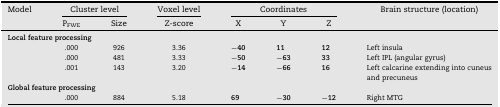
| Model | <COLSPAN=2> Cluster level | Voxel level | <COLSPAN=3> Coordinates | Brain structure (location) |
 | PFWE | Size | Z-score | X | Y | Z |
 | --- | --- | --- | --- | --- | --- | --- | --- |
 | <COLSPAN=8> Local feature processing |
 |  | .000 | 926 | 3.36 | −40 | 11 | 12 | Left insula |
 | .000 | 481 | 3.33 | −50 | −63 | 33 | Left IPL (angular gyrus) |
 | .001 | 143 | 3.20 | −14 | −66 | 16 | Left calcarine extending into cuneus and precuneus |
 | <COLSPAN=8> Global feature processing |
 |  | .000 | 884 | 5.18 | 69 | −30 | −12 | Right MTG |